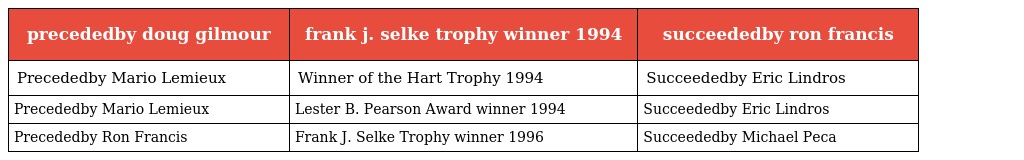
| precededby doug gilmour | frank j. selke trophy winner 1994 | succeededby ron francis |
 | --- | --- | --- |
 | Precededby Mario Lemieux | Winner of the Hart Trophy 1994 | Succeededby Eric Lindros |
 | Precededby Mario Lemieux | Lester B. Pearson Award winner 1994 | Succeededby Eric Lindros |
 | Precededby Ron Francis | Frank J. Selke Trophy winner 1996 | Succeededby Michael Peca |